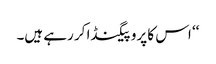
‘‘ اس کا پروپیگنڈا کر رہے ہیں۔